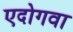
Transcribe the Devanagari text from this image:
एदोगवा